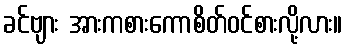
ခင်ဗျား အားကစားကောစိတ်ဝင်စားလို့လား။